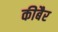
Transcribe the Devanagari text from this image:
कीबैर